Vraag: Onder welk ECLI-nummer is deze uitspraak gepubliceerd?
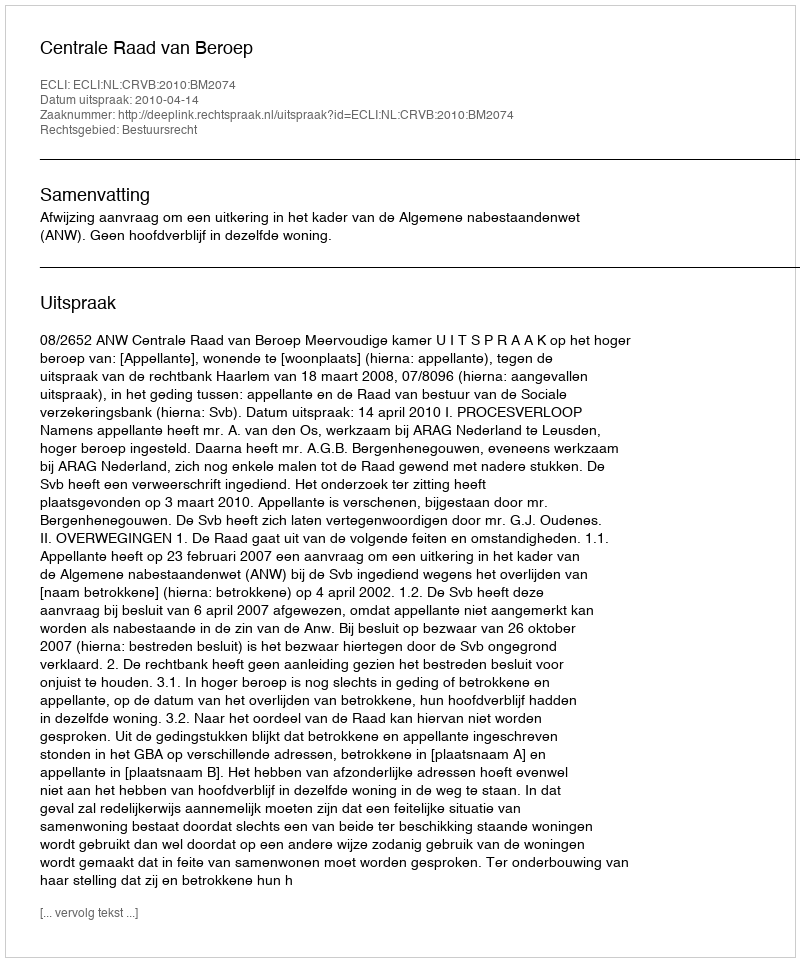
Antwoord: ECLI:NL:CRVB:2010:BM2074